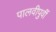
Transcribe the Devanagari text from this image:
पालवीपुर्वी